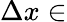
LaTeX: \Delta x\in